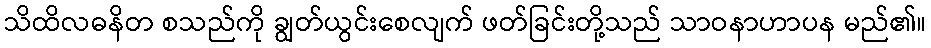
သိထိလဓနိတ စသည်ကို ချွတ်ယွင်းစေလျက် ဖတ်ခြင်းတို့သည် သာဝနာဟာပန မည်၏။